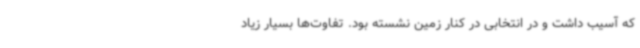
که آسیب داشت و در انتخابی در کنار زمین نشسته بود. تفاوت‌ها بسیار زیاد